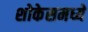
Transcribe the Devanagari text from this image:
शोकेसमध्ये